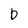
Character: D